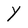
Character: Y